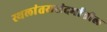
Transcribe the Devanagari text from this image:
स्थलांतरासंदर्भातील